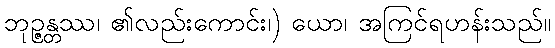
ဘုဉ္ဇန္တဿ၊ ၏လည်းကောင်း၊) ယော၊ အကြင်ရဟန်းသည်။